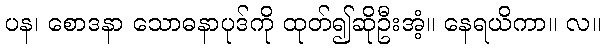
ပန၊ စောဒနာ သောဓနာပုဒ်ကို ထုတ်၍ဆိုဦးအံ့။ နေရယိကာ။ လ။